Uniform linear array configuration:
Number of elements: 4
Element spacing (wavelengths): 0.25
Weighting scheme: hann
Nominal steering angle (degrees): -60
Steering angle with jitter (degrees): -60.634
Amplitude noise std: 0.05
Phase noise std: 0.05

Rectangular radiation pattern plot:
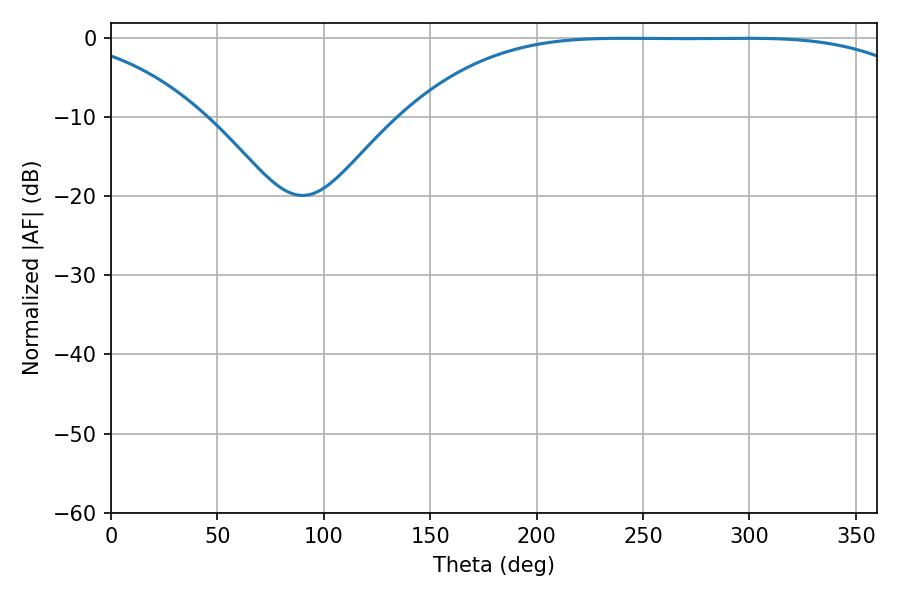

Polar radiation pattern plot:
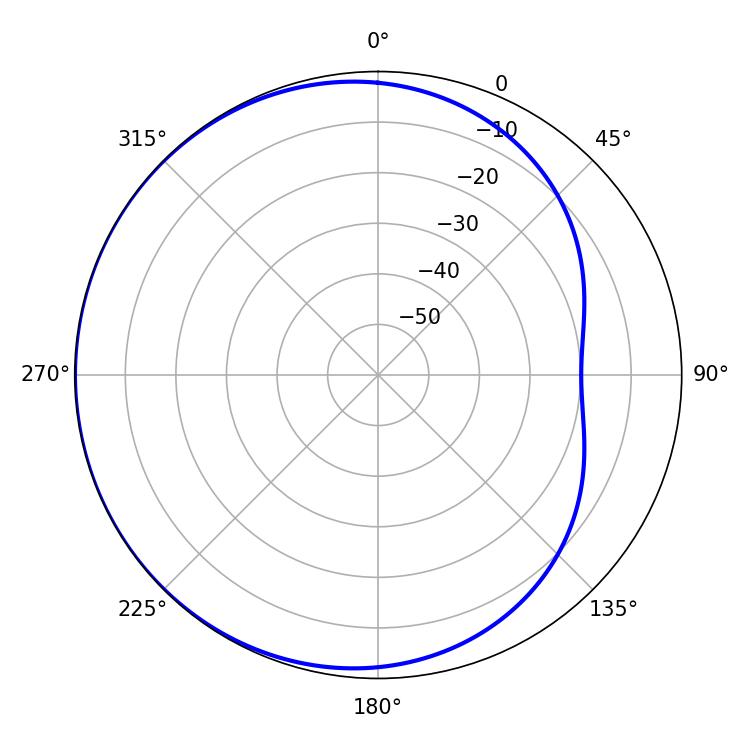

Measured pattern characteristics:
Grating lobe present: FALSE
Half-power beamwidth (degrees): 187.02
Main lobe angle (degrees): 241.02